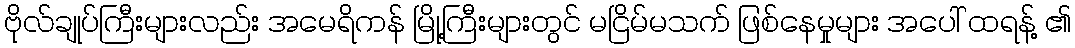
ဗိုလ်ချုပ်ကြီးများလည်း အမေရိကန် မြို့ကြီးများတွင် မငြိမ်မသက် ဖြစ်နေမှုများ အပေါ် ထရန့် ၏